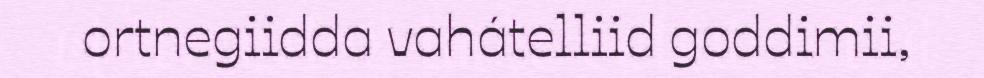
ortnegiidda vahátelliid goddimii,